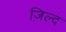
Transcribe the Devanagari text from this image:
ज़िल्द